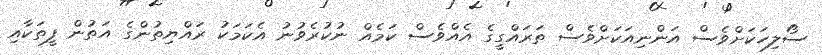
ސޯލިހަކަށްވެސް އަންނިއަކަށްވެސް ތަރައްގީގެ އެއްވެސް ކަމެއް ނުކުރެވުނު އެކަމަކު ރައްޔިތުންގެ އަތުން ފީތަކާއި